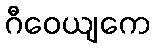
ဂီဝေယျကေ